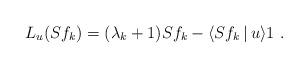
LaTeX: \begin{align*}L_u(Sf_k)= ( \lambda_k+1) Sf_k- \langle Sf_k\, | \, u \rangle 1\ .\end{align*}